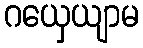
ဂယှေယျာမ